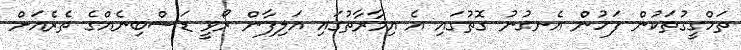
ތަހްގީގުތަކުން ފަހުން އެނގުނު ގޮތުގައި އެ އިމާރާތުގައި އަލިފާން ރޯވީ ޑަސްބިނެއްގެ ތެރެއަށް